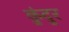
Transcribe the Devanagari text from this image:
कुंदुर